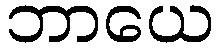
ဘာယေ